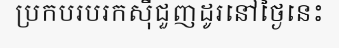
ប្រកបរបរកស៊ីជួញដូរនៅថ្ងៃនេះ